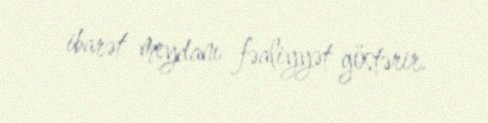
ibarət meydanı fəaliyyət göstərir.